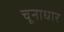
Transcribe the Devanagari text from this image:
चूनाधार